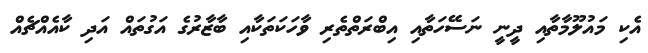
އެކި މައުލޫމާތާއި ދީނީ ނަސޭހަތާއި އިބްރަތްތެރި ވާހަކަތަކާއި ބާޒާރުގެ އަގުތައް އަދި ކާއެއްޗެއް